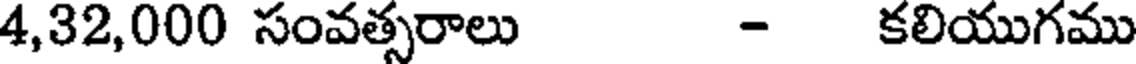
4,32,000 సంవత్సరాలు - కలియుగము